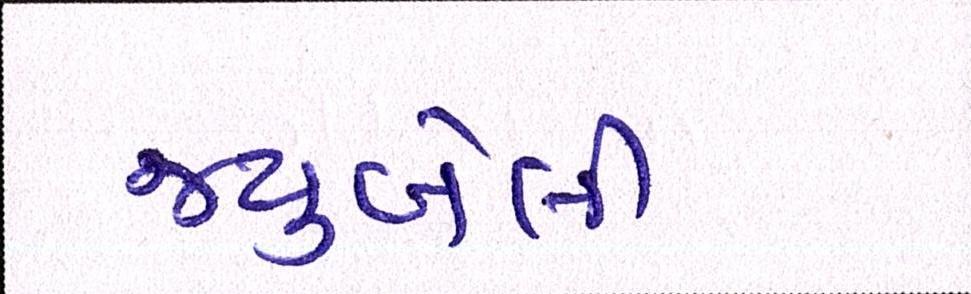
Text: જ્યુબેલી